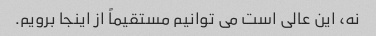
نه، این عالی است می توانیم مستقیماً از اینجا برویم.